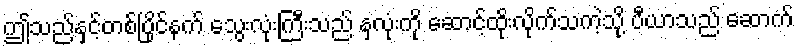
ဤသည်နှင့်တစ်ပြိုင်နက် သွေးလုံးကြီးသည် နှလုံးကို ဆောင့်ထိုးလိုက်သကဲ့သို့ ပီယာသည် ဆောက်